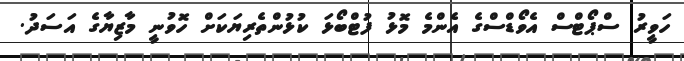
ހަވީރު ސްޕޯޓްސް އެވޯޑްސްގެ އެންމެ މޮޅު ފުޓްބޯޅަ ކުޅުންތެރިޔަކަށް ހޮވުނީ މާޒިޔާގެ އަސަދު.